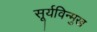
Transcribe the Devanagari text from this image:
सूर्यविन्मुख